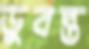
ডুবন্ত